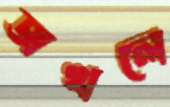
অখলে